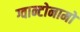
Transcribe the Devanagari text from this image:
ग्वान्टोनामो